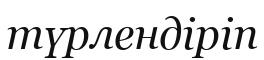
түрлендіріп